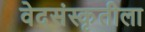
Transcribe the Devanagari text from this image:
वेदसंस्कृतीला